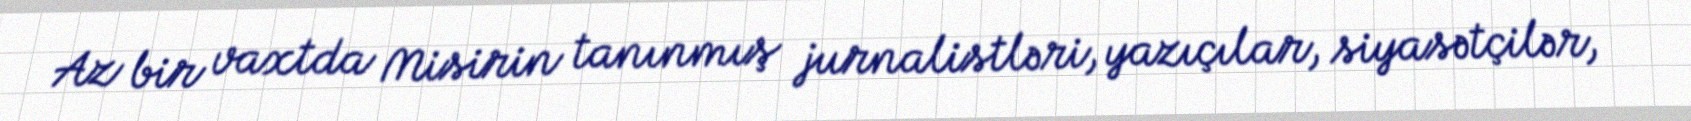
Az bir vaxtda Misirin tanınmış jurnalistləri, yazıçılar, siyasətçilər,